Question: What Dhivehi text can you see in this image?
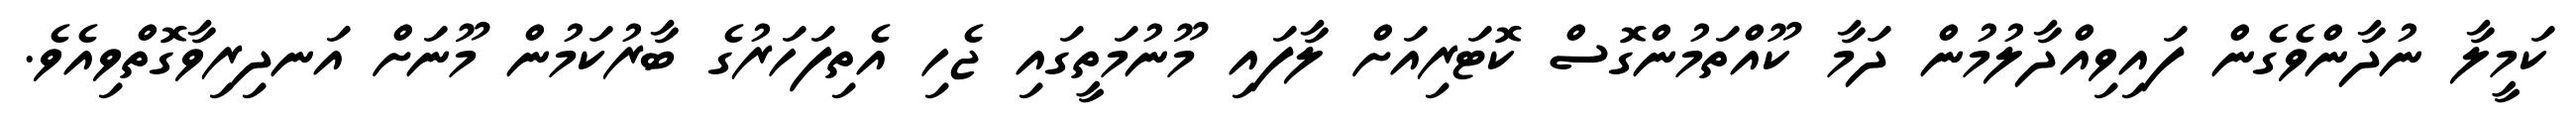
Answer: ކަމީލާ ނުދާންވެގެން ފައިވިއްދާލުމުން ދަމާ ކޫއްތަމުންގޮސް ކޮޓަރިއަށް ލާފައި މޫނުމަތީގައި ޖެހި އެތިފަހަރުގެ ބާރުކަމުން މޫނަށް އަނދިރިވާގޮތްވިއެވެ.